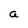
Character: a